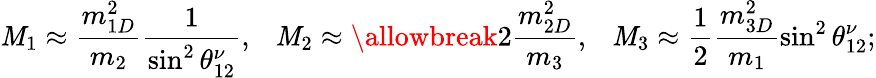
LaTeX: \mathit{M}_{1}\approx\frac{{m_{1D}^{2}}}{{m_{2}}}\frac{{1}}{{\sin^{2}\theta_{12}^{\nu}}},\ \ \ \mathit{M}_{2}\approx\allowbreak2\frac{{m_{2D}^{2}}}{{m_{3}}},\ \ \ \mathit{M}_{3}\approx\frac{{1}}{{2}}\frac{{m_{3D}^{2}}}{{m_{1}}}\sin^{2}\theta_{12}^{\nu};